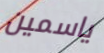
ياسمين